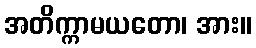
အတိက္ကာမယတော၊ အား။